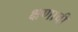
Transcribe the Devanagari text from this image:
क्षणाची